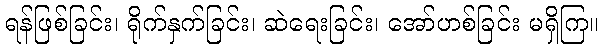
ရန်ဖြစ်ခြင်း၊ ရိုက်နှက်ခြင်း၊ ဆဲရေးခြင်း၊ အော်ဟစ်ခြင်း မရှိကြ။